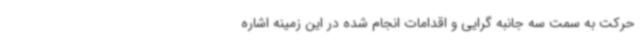
حرکت به سمت سه جانبه گرایی و اقدامات انجام شده در این زمینه اشاره